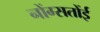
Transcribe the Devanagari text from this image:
नोंग्सतोंई